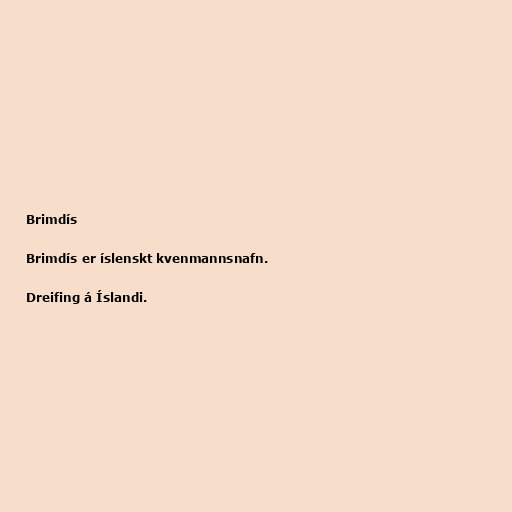
Brimdís

Brimdís er íslenskt kvenmannsnafn.

Dreifing á Íslandi.